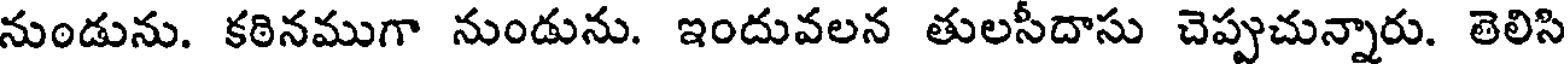
నుండును. కఠినముగా నుండును. ఇందువలన తులసీదాసు చెప్పుచున్నారు. తెలిసి